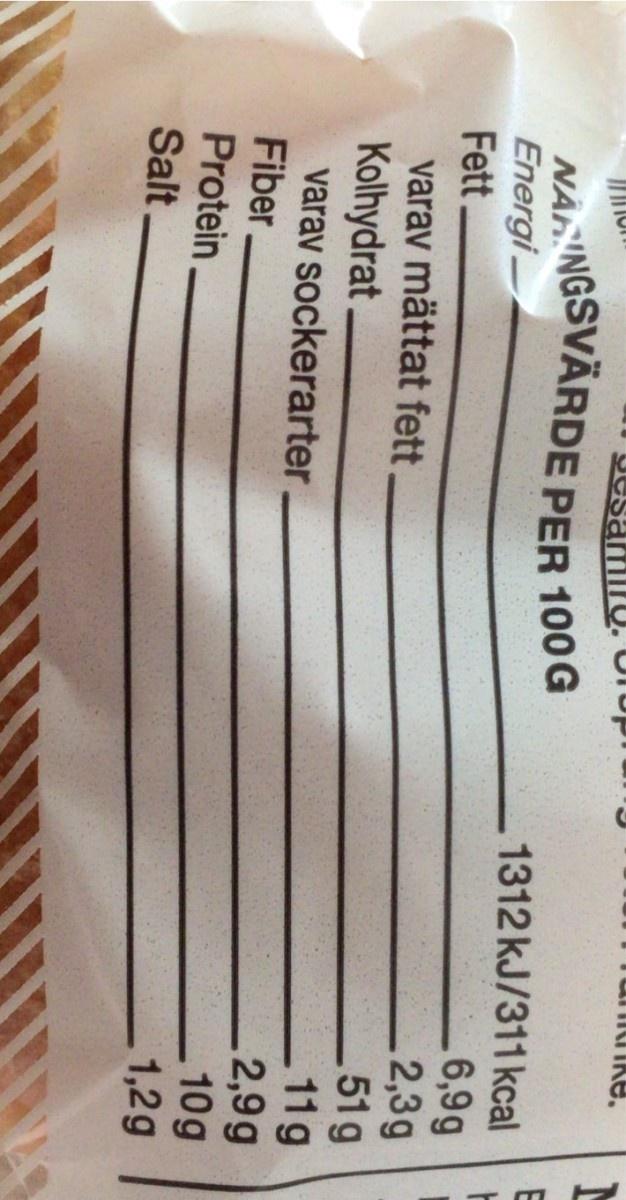
JesamiIU. Orup
NA NGSVÄRDE PER 100 G Energi Fett varav mättat fett. Kolhydrat varav sockerarter Fiber
1312 kJ/311 kcal 6,9g 2,3g 51g 11g 2,9g 10g 1,2g
Protein
Salt